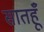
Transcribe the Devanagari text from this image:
सातहूँ